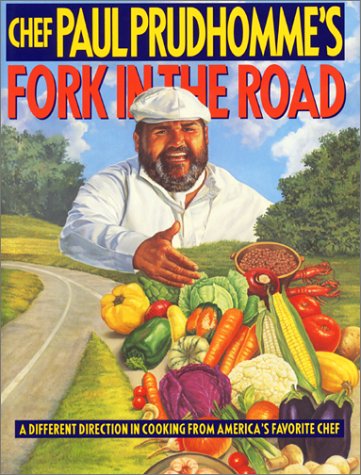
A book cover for Chef Paul Prudhomme's Fork in the Road; Paul Prudhomme; Cookbooks, Food & Wine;